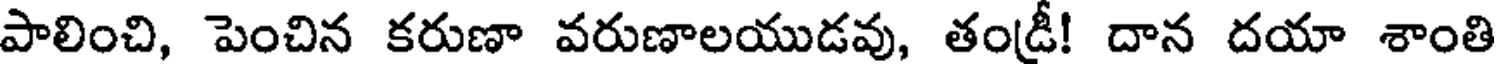
పాలించి, పెంచిన కరుణా వరుణాలయుడవు, తండ్రీ! దాన దయా శాంతి